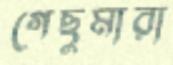
গেছুমারা